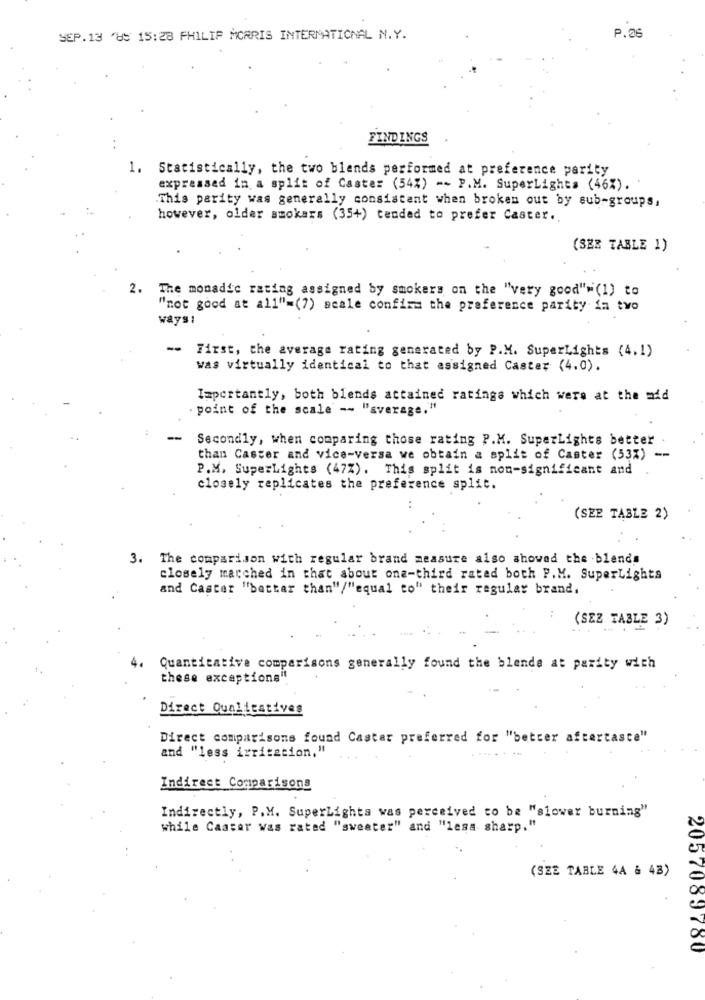
P.26
SEP.13 '85 15:28 PHILIP MORRIS INTERNATIONAL N.Y.
FINDINGS
1. Statistically, the two blends performed at preference parity
expressed in a split of Caster (54%) -- P.M. SuperLights (46%).
This parity was generally consistent when broken out by sub-groups,
however, older smokers (35+) tended to prefer Caster ..
(SER TABLE 1)
2. The monadic rating assigned by smokers on the "very good"=(1) to
"not good at all"=(7) scale confirm the preference parity in two
ways:
-- First, the average rating generated by P.M. SuperLights (4.1)
was virtually identical to that assigned Caster (4.0).
Importantly, both blends attained ratings which were at the mid
. point of the scale -- "average,"
-
Secondly, when comparing those rating P.M. SuperLights better .
than Caster and vice-versa we obtain a split of Caster (53%) --
P.M. SuperLights (47%). This split is non-significant and
closely replicates the preference split.
(SEE TABLE 2)
3. The comparison with regular brand measure also showed the blends
closely marched in that about one-third rated both P.M. SuperLights
and Caster "better than"/"equal to" their regular brand.
(SEZ TABLE 3)
4.
Quantitative comparisons generally found the blende at parity wich
these exceptiong"
Direct Qualitatives
Direct comparisons found Castar preferred for "better aftertas
and "less irritation, "
Indirect Comparisons
Indirectly, P.M. SuperLights was perceived to be "slower burning"
while Casser was rated "sweater" and "lesa sharp."
(SZE TABLE 4A & 43)
2057089780